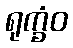
ရုက္ခံဝ